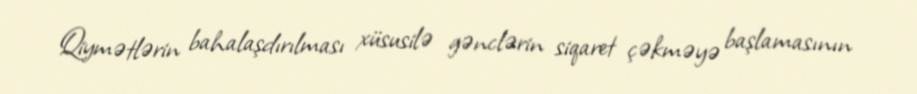
Qiymətlərin bahalaşdırılması xüsusilə gənclərin siqaret çəkməyə başlamasının